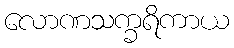
လောဏသက္ခရိကာယ